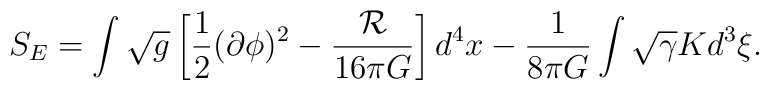
S_E= \int  \sqrt{g}\left[{1\over 2}(\partial \phi)^2 - {{\cal R}\over 16\pi G} \right]d^4 x -{1\over 8\pi G} \int \sqrt{\gamma} K d^3\xi.